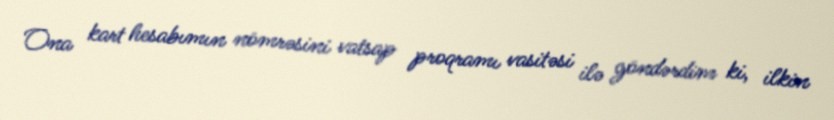
Ona kart hesabımın nömrəsini vatsap proqramı vasitəsi ilə göndərdim ki, ilkin